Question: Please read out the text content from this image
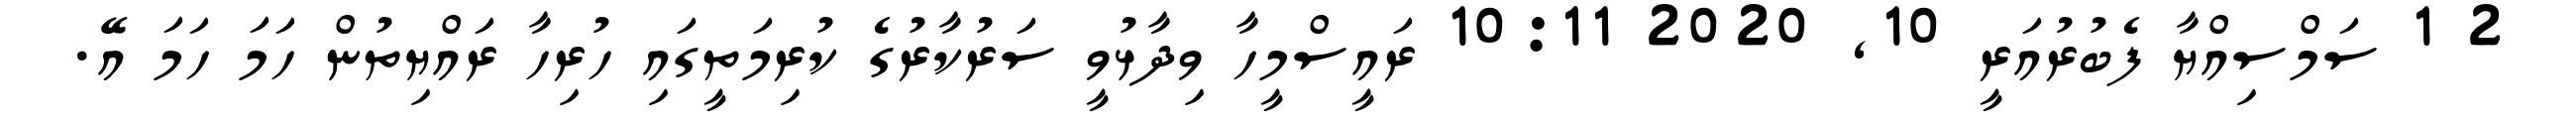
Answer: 2 1 ސަމްސިއްޔާ ފެބުރުއަރީ 10, 2020 10:11 ރައީސްމީހާ ވިދާޅުވީ ސަރުކާރުގެ ކުރިމަތީގައި ހުރިހާ ރައްޔިތުން ހަމަ ހަމަ އޭ.